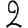
Digit: 2